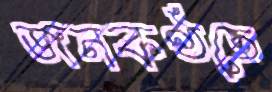
জনকণ্ঠতে